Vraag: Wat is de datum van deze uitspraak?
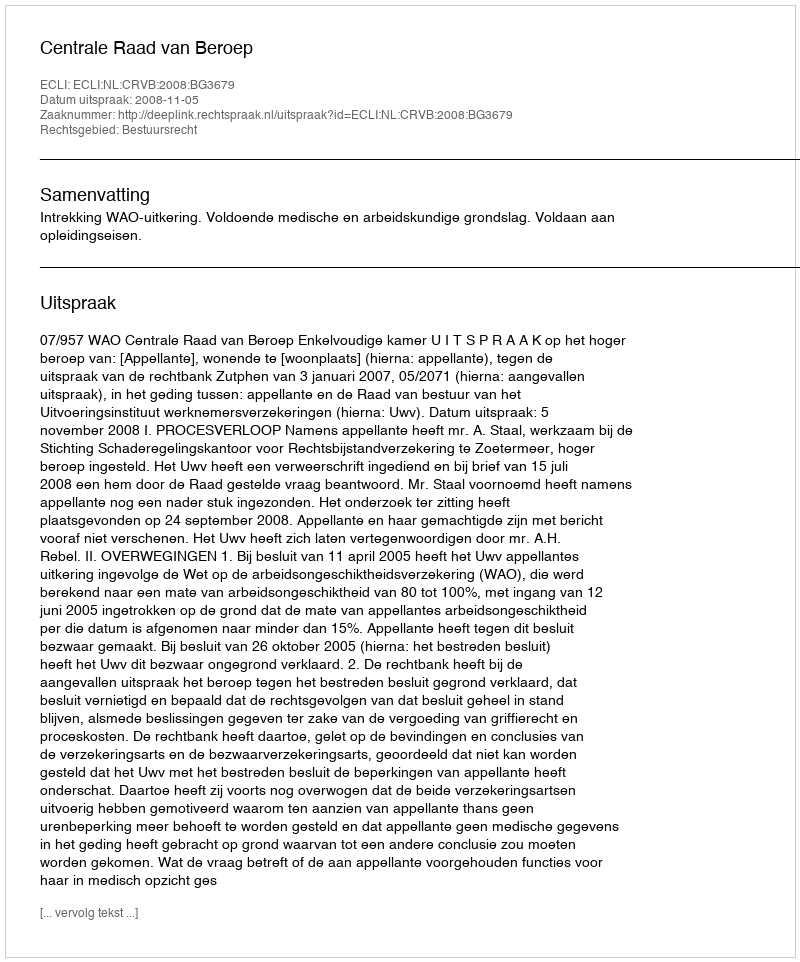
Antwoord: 2008-11-05